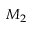
M _ { 2 }